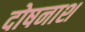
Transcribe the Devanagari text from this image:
दोषनाश